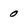
Character: 0